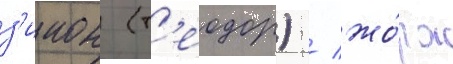
з'инон (т'еодор) / жо́рж